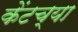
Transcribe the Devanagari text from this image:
केंटच्या